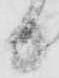
日